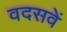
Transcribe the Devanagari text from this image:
वदसवें